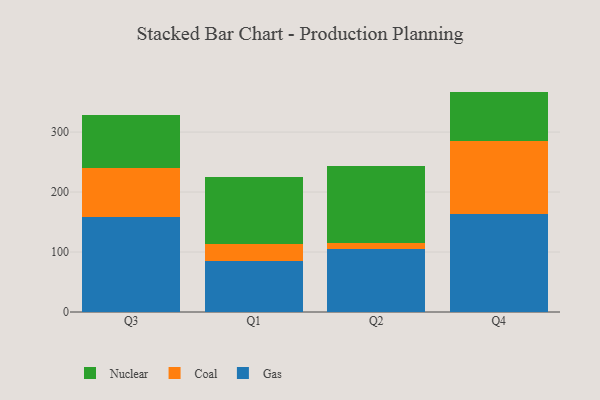
{"axis": {"x": "Quarter", "y": "Operating Costs (USD K)"}, "legend": ["Coal", "Gas", "Nuclear"], "data": [{"x": "Q3", "y": 157.9, "type": "Gas"}, {"x": "Q3", "y": 83.0, "type": "Coal"}, {"x": "Q3", "y": 87.4, "type": "Nuclear"}, {"x": "Q1", "y": 85.4, "type": "Gas"}, {"x": "Q1", "y": 28.0, "type": "Coal"}, {"x": "Q1", "y": 112.2, "type": "Nuclear"}, {"x": "Q2", "y": 105.5, "type": "Gas"}, {"x": "Q2", "y": 9.7, "type": "Coal"}, {"x": "Q2", "y": 127.8, "type": "Nuclear"}, {"x": "Q4", "y": 164.2, "type": "Gas"}, {"x": "Q4", "y": 120.2, "type": "Coal"}, {"x": "Q4", "y": 83.1, "type": "Nuclear"}]}